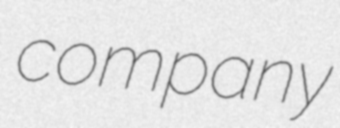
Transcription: company